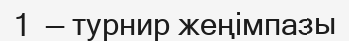
1  — турнир жеңімпазы